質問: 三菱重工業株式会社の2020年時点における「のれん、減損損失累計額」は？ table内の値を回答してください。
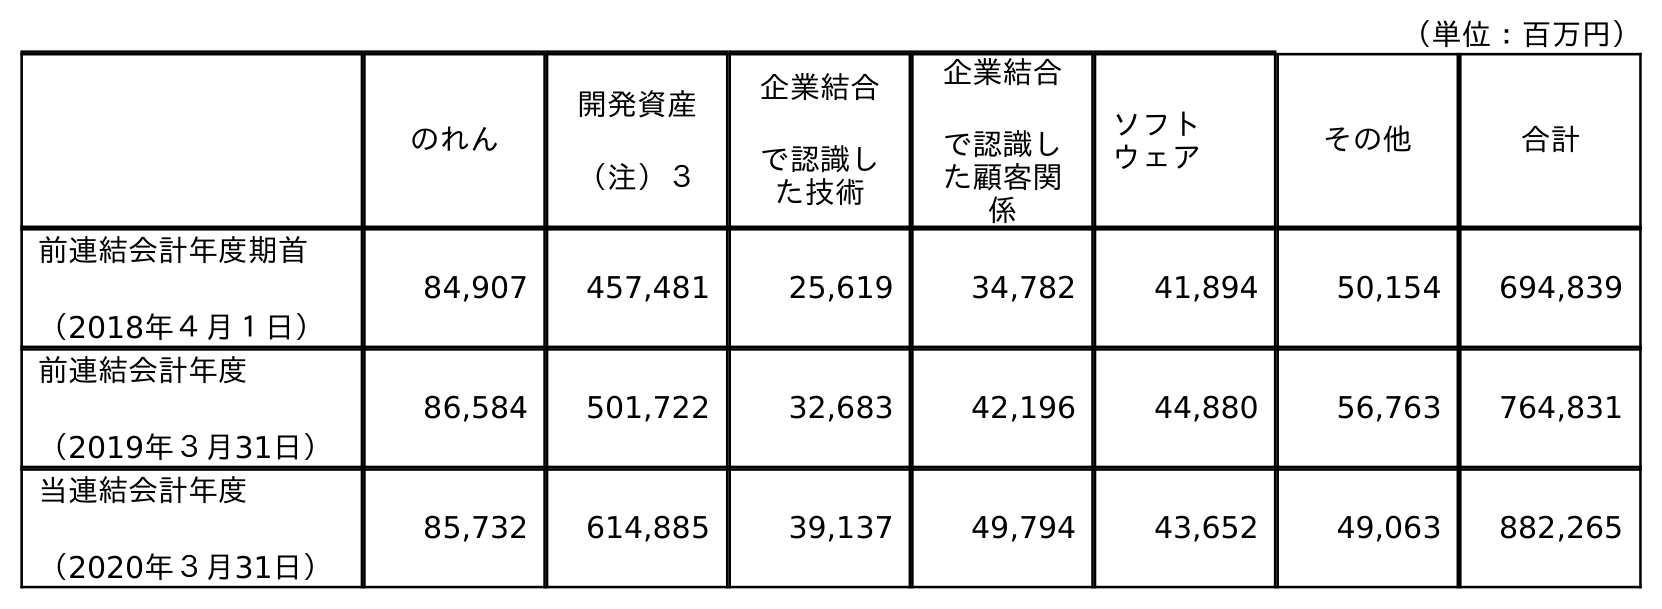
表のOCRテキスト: （単位：百万円） のれん 開発資産 （注）３ 企業結合 で認識し た技術 企業結合 で認識し た顧客関 係 ソフト ウェア その他 合計 前連結会計年度期首 （2018年４月１日） 84,907 457,481 25,619 34,782 41,894 50,154 694,839 前連結会計年度 （2019年３月31日） 86,584 501,722 32,683 42,196 44,880 56,763 764,831 当連結会計年度 （2020年３月31日） 85,732 614,885 39,137 49,794 43,652 49,063 882,265
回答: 85,732